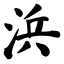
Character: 浜